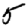
Digit: 5